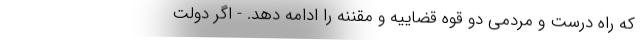
که راه درست و مردمی دو قوه قضاییه و مقننه را ادامه دهد. - اگر دولت